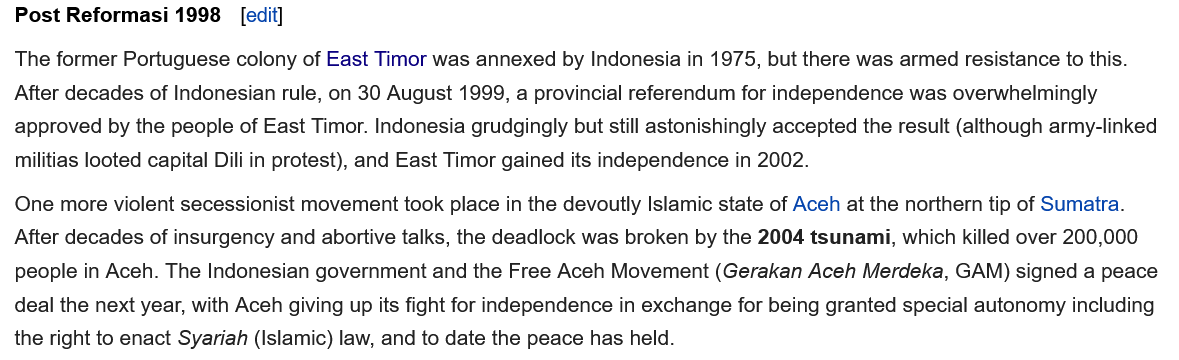
One more violent secessionist movement took place in the devoutly Islamic state of Aceh at the northern tip of Sumatra.
  After decades of insurgency and abortive talks, the deadlock was broken by the 2004 tsunami, which killed over 200,000
  people in Aceh. The Indonesian government and the Free Aceh Movement (Gerakan Aceh Merdeka, GAM) signed a peace
  deal the next year, with Aceh giving up its fight for independence in exchange for being granted special autonomy including
  the right to enact Syariah (Islamic) law, and to date the peace has held.
  The former Portuguese colony of East Timor was annexed by Indonesia in 1975, but there was armed resistance to this.
  After decades of Indonesian rule, on 30 August 1999, a provincial referendum for independence was overwhelmingly
  approved by the people of East Timor. Indonesia grudgingly but still astonishingly accepted the result (although army-linked
  militias looted capital Dili in protest), and East Timor gained its independence in 2002.
  Post Reformasi 1998  [edit]